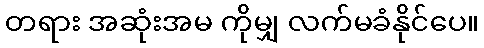
တရား အဆုံးအမ ကိုမျှ လက်မခံနိုင်ပေ။